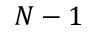
N - 1